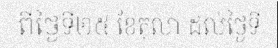
ពីថ្ងៃទី២៥ ខែតុលា ដល់ថ្ងៃទី